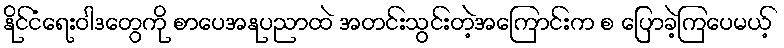
နိုင်ငံရေးဝါဒတွေကို စာပေအနုပညာထဲ အတင်းသွင်းတဲ့အကြောင်းက စ ပြောခဲ့ကြပေမယ့်